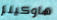
هاوكينز